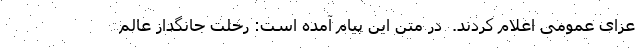
عزای عمومی اعلام کردند.  در متن این پیام آمده است: رحلت جانگداز عالم